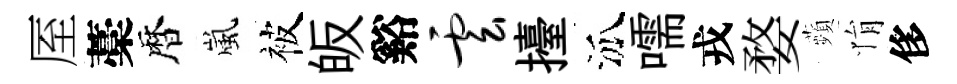
厔藁暦嵐被皈谿云擡泒嚅戎婺蘋悁侈